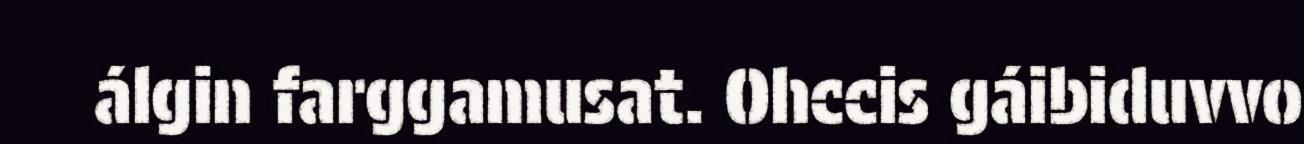
álgin farggamusat. Ohccis gáibiduvvo